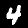
Label: 4